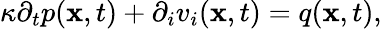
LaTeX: \kappa{\partial_{t}}p({\mathbf x},t)+{\partial_{i}}v_{i}({\mathbf x},t)=q({\mathbf x},t),